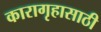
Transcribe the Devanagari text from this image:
कारागृहासाठी